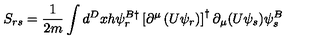
S _ { r s } = \frac { 1 } { 2 m } \int d ^ { D } x h \psi _ { r } ^ { B \dagger } \left[ \partial ^ { \mu } \left( U \psi _ { r } \right) \right] ^ { \dagger } \partial _ { \mu } ( U \psi _ { s } ) \psi _ { s } ^ { B }